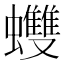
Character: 𧕟